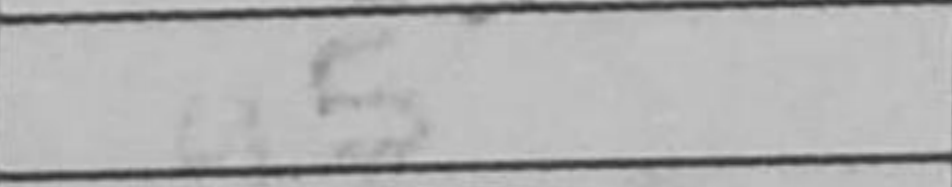
Transcription: a5